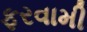
ફરવામી